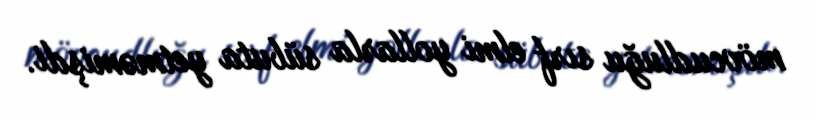
mövcudluğu sırf elmi yollarla sübuta yetməmişdi.